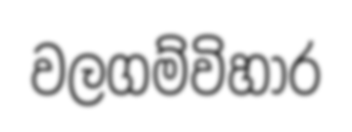
වලගම්විහාර